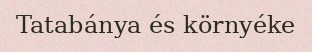
Tatabánya és környéke